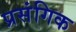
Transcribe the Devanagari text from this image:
प्रसंगिक